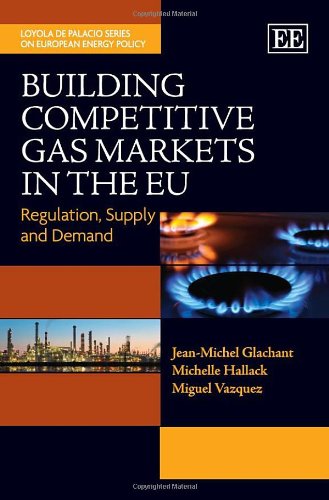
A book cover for Building Competitive Gas Markets in the EU: Regulation, Supply and Demand (The Loyola de Palacio Series on European Energy Policy); Jean-Michel Glachant; Business & Money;